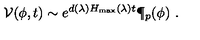
{ \cal V } ( \phi , t ) \sim e ^ { d ( \lambda ) H _ { \max } ( \lambda ) t } \P _ { p } ( \phi ) \ .